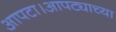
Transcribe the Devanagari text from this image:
आपटा।आपट्याच्या